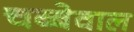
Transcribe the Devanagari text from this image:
चब्बेवाल